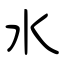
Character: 水